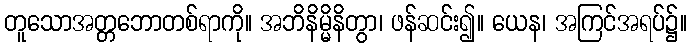
တူသောအတ္တဘောတစ်ရာကို။ အဘိနိမ္မိနိတွာ၊ ဖန်ဆင်း၍။ ယေန၊ အကြင်အရပ်၌။